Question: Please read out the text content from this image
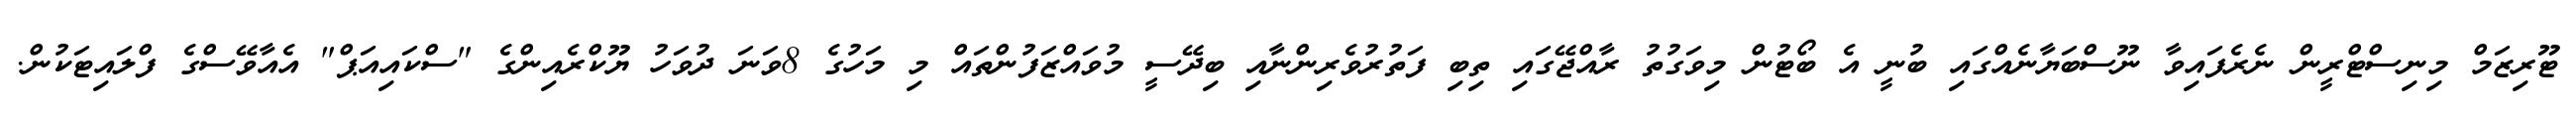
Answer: ޓޫރިޒަމް މިނިސްޓްރީން ނެރެފައިވާ ނޫސްބަޔާނެއްގައި ބުނީ އެ ބޯޓުން މިވަގުތު ރާއްޖޭގައި ތިބި ފަތުރުވެރިންނާއި ބިދޭސީ މުވައްޒަފުންތައް މި މަހުގެ 8ވަނަ ދުވަހު ޔޫކްރެއިންގެ "ސްކައިއަޕް" އެއާވޭސްގެ ފްލައިޓަކުން.